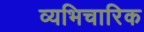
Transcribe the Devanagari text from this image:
व्यभिचारिक